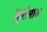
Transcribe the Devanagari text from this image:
मुलांनाच